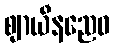
ဈာယီနညေဝ